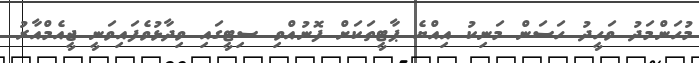
މުހަންމަދު ވަހީދު ހަސަން މަނިކު އިއްޔެ ޕާޓީތަކަށް ފޮނުއްވި ސިޓީގައި ވިދާޅުވެފައިވަނީ ޖީއެމްއާރު